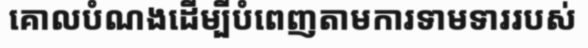
គោលបំណងដើម្បីបំពេញតាមការទាមទាររបស់